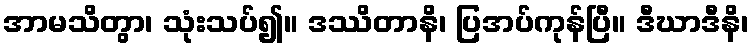
အာမသိတွာ၊ သုံးသပ်၍။ ဒဿိတာနိ၊ ပြအပ်ကုန်ပြီ။ ဒီဃာဒီနိ၊